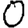
Digit: 0